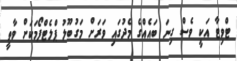
ޓްވިޓާ އަކީ ވެސް ގިނަ ބައެއްގެ މެދުގައި ވަރަށް މަގުބޫލު ޕްލެޓްފޯމަކަށް ވާތީ